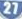
27